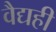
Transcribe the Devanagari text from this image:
वैद्यही